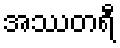
အဿတရီ